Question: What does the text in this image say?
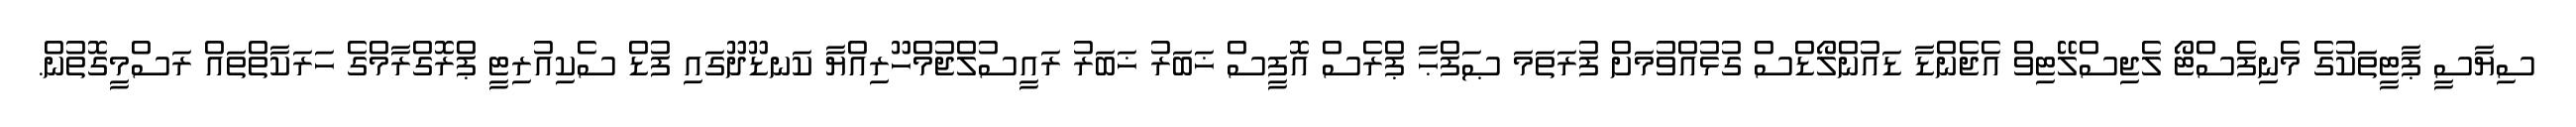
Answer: ސިޔާސީ ޕާޓީތަކުގެ މެނިފެސްޓޯ ލެޖިސްލޭޓިވް އެޖެންޑާ ޑައުންލޯޑްސް ގުޅުއްވުމަށް ފުރަތަމަ ޞަފްޙާ ޕްރެސް އޮފީސް ޚަބަރު ޚަބަރު ރައީސުލްޖުމްހޫރިއްޔާ ކަނޑޫދޫގައި ފުޑް ސެކިއުރިޓީ ޕްރޮގްރާމްގެ ހަރަކާތްތައް ރަސްމީގޮތުން.